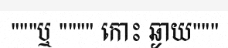
"""ឬ """" កោះ ឆ្ងាយ"""